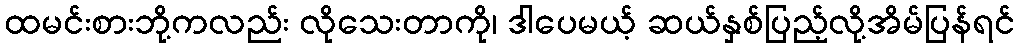
ထမင်းစားဘို့ကလည်း လိုသေးတာကို၊ ဒါပေမယ့် ဆယ်နှစ်ပြည့်လို့အိမ်ပြန်ရင်